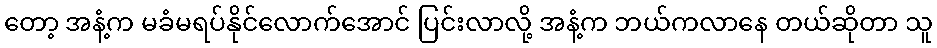
တော့ အနံ့က မခံမရပ်နိုင်လောက်အောင် ပြင်းလာလို့ အနံ့က ဘယ်ကလာနေ တယ်ဆိုတာ သူ